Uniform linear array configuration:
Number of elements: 48
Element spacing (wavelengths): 0.5
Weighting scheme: blackman
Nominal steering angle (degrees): -30
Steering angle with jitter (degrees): -28.214
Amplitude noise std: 0.05
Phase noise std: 0.05

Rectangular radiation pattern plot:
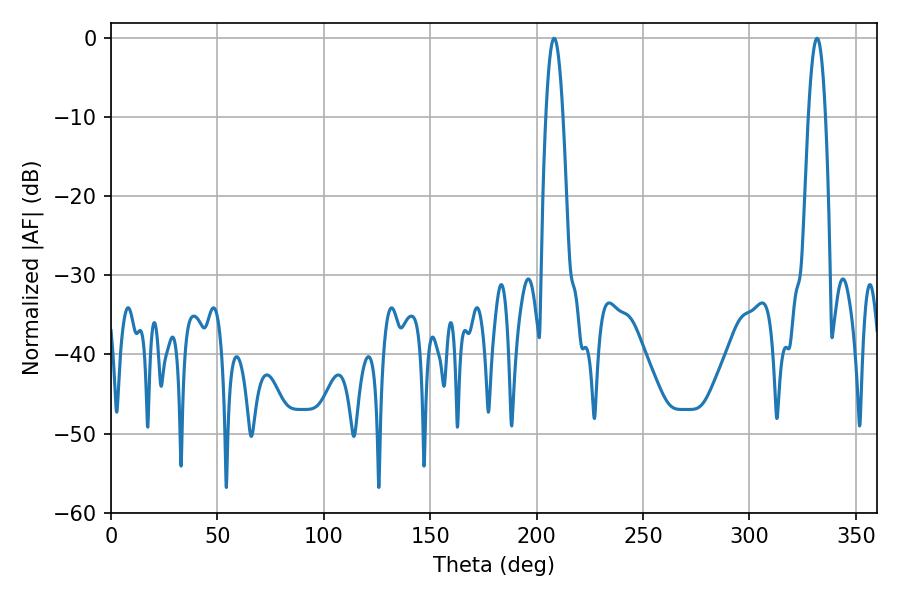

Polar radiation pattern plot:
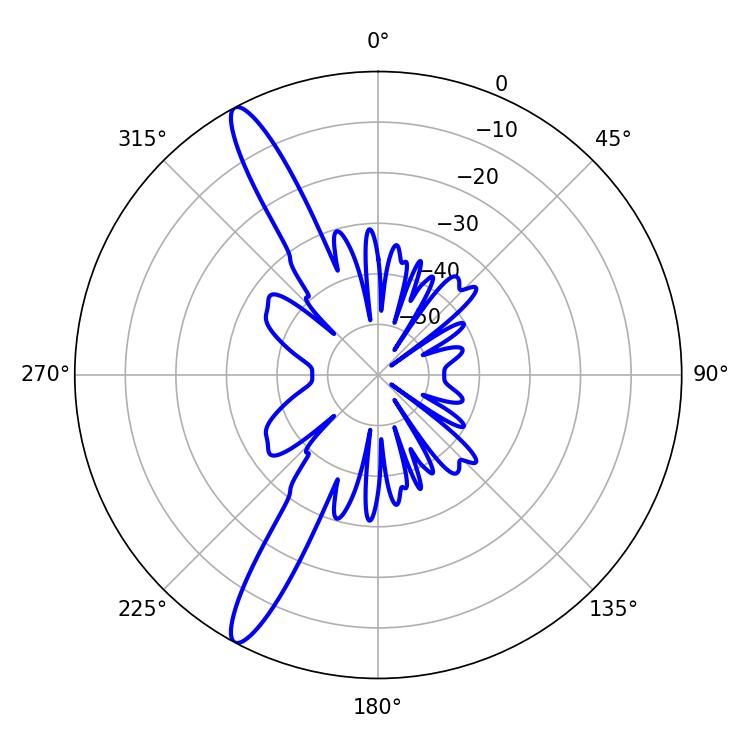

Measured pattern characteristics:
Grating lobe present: FALSE
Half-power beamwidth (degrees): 4.32
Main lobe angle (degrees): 208.26